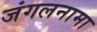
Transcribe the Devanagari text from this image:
जंगलनामा